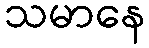
သမာနေ